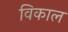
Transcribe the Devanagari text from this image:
विकाल